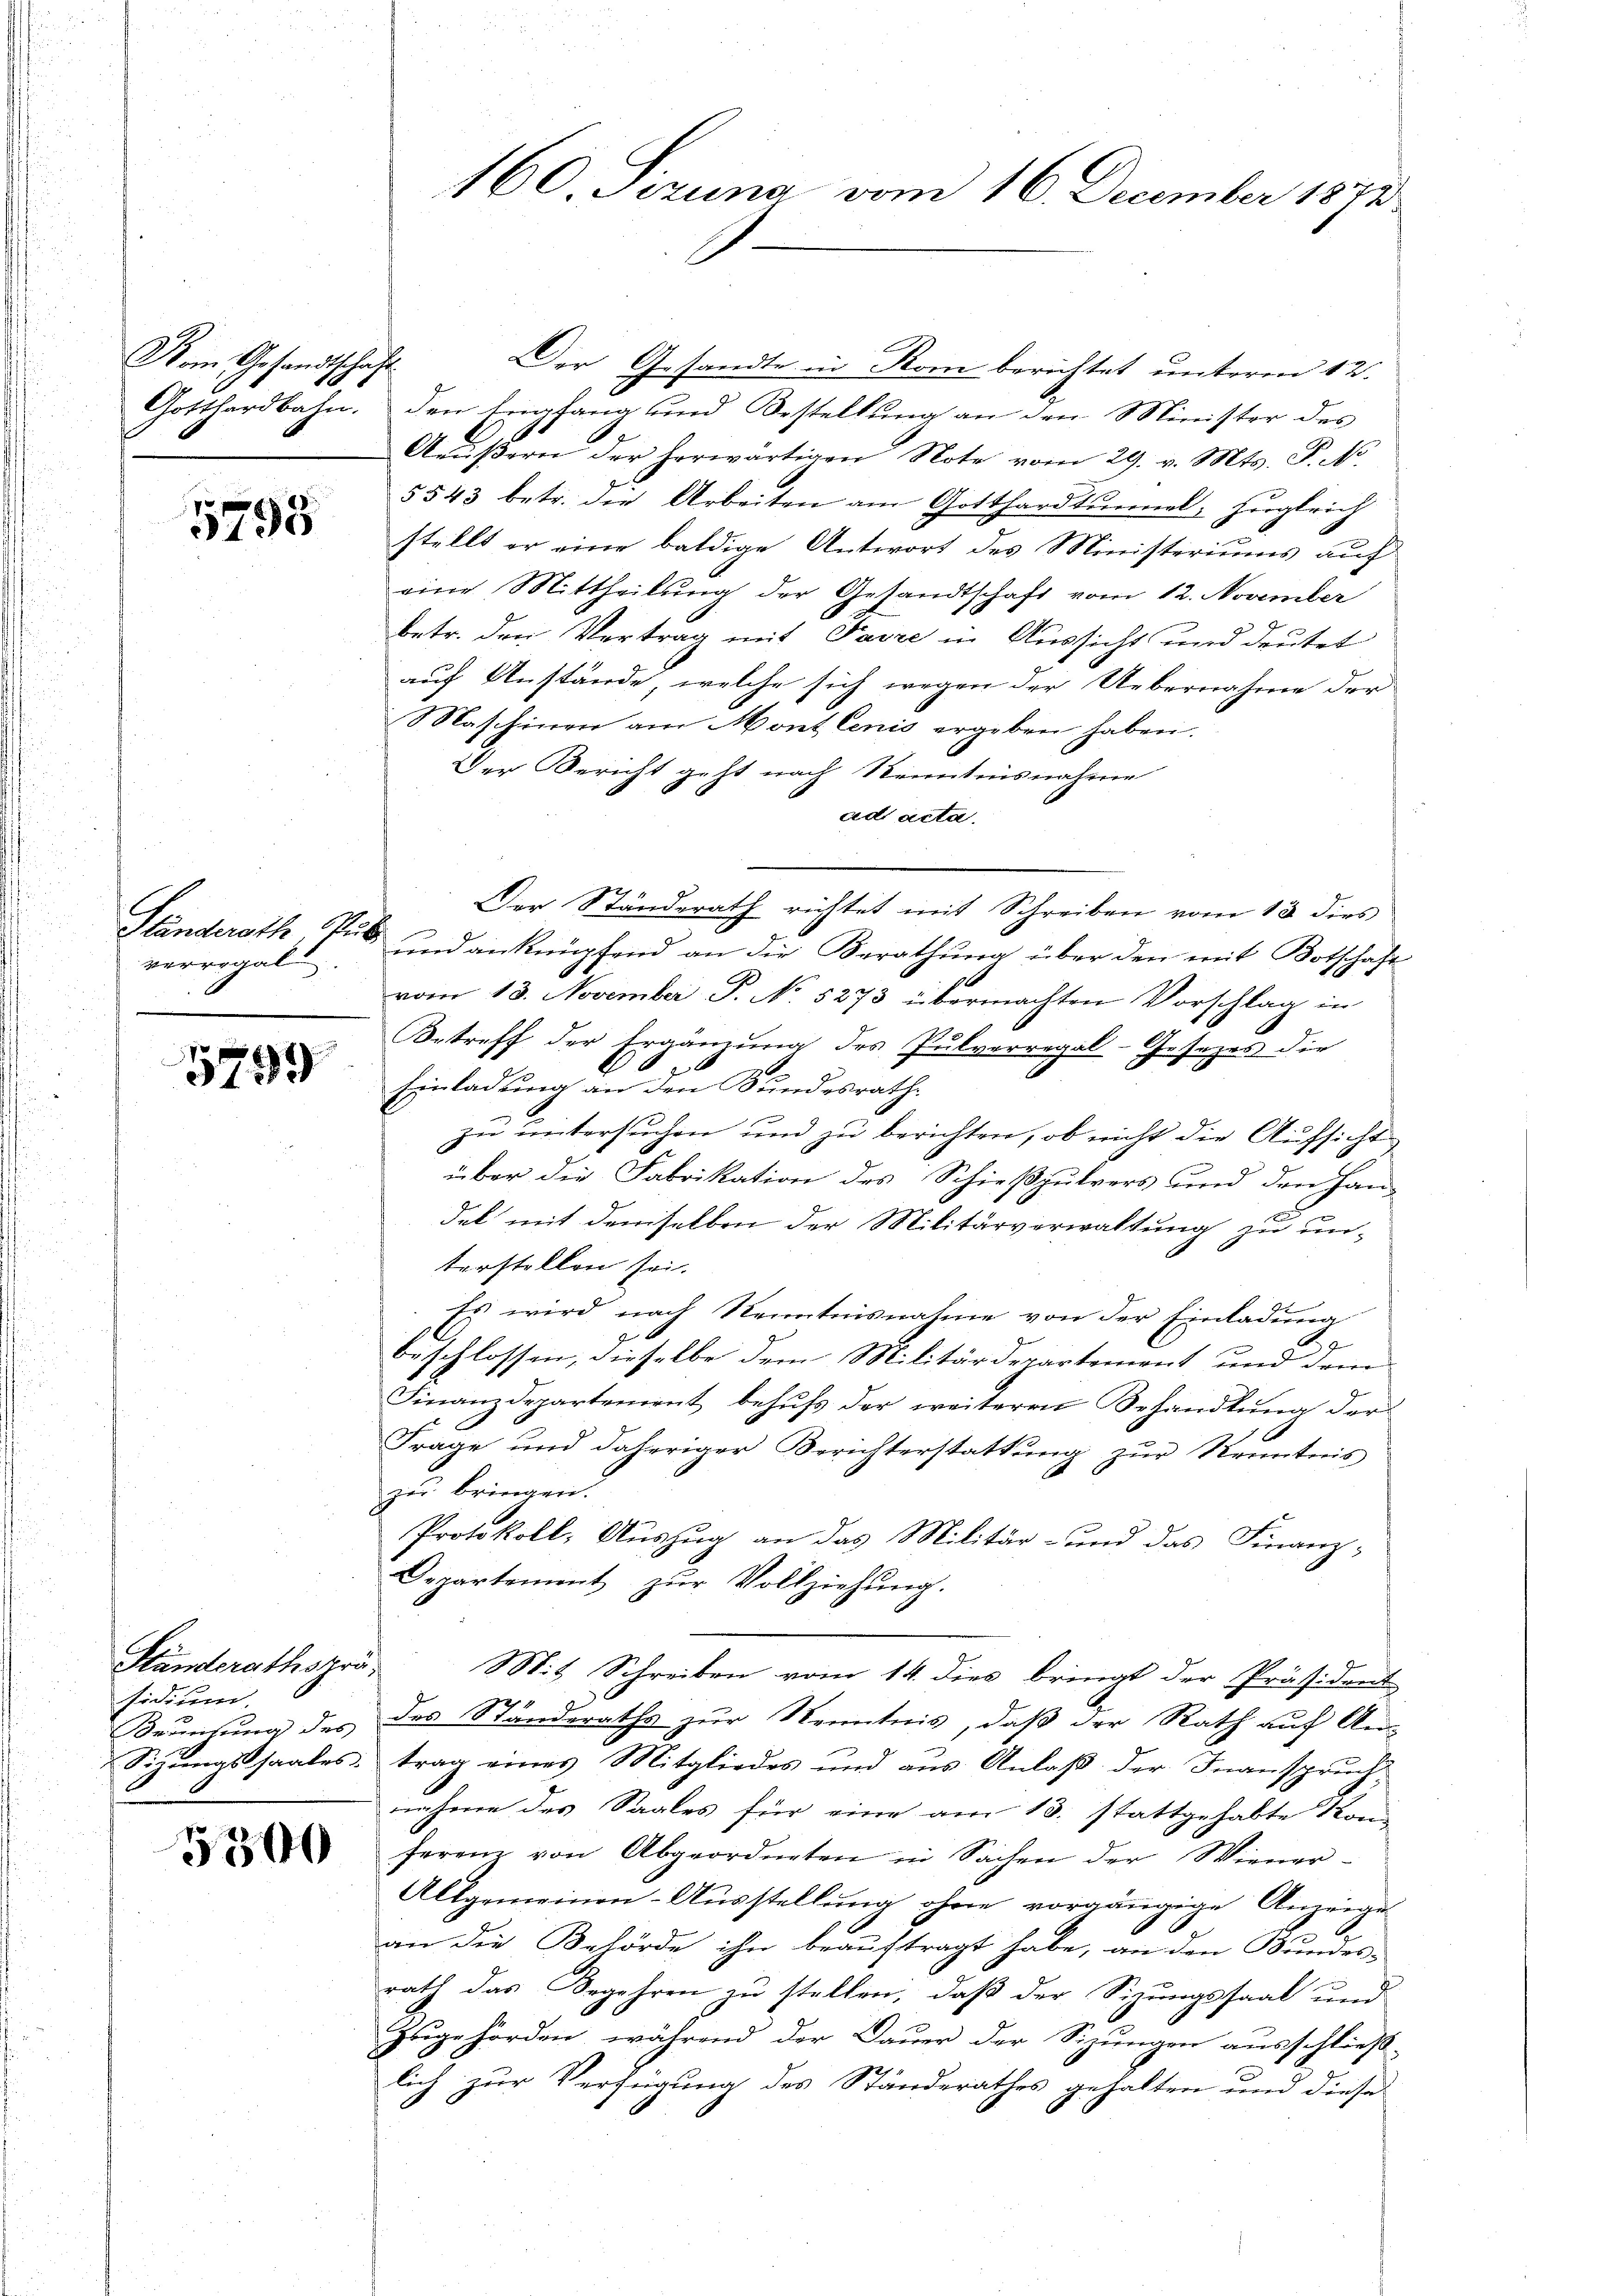
Vom Gesandtschaft.

5795

verregal

5759

Standerathspräsidium

3300

Der Gesandte in Rom berichtet unterm 12.
Gotthardbahn. den Empfang und Bestellŭng an den Minister des
Aŭβern der herwärtigen Note vom 29. v. Mts. S. N.
§ 543 betr. die Arbeiten am Gotthardtunnel, Zugleich
stellt er eine baldige Antwort des Ministeriums auf
eine Mittheilŭng der Gesandtschaft vom 12. November
betr. den Vertrag mit Parre in Aussicht und deutet
auf Anstände, welche sich wegen der Uebernahme der
Maschinen am Mont lenis ergeben haben.
Der Bericht geht nach Kenntnisnahme
ad acta.
Der Ständerath richtet mit Schreiben vom 13. dies
e
Ständerath Aus und anknüpfend an die Berathung über den mit Botschaft-
vom 13. November P. No. 5273 übermachten Vorschlag in
Betreff der Ergänzung des Pulverregal-Gesetzes die
Einladung an den Bundesrathe
zu untersuchen und zu berichten, ob nicht die Aufsicht
über die Fabrikation des Schießpulvers und den Han-
del mit demselben der Militärverwaltung zu un-
terstellen sei.
Es wird nach Kenntnisnahme von der Einladung
beschlossen, dieselbe dem Militärdepartement und dem
Finanzdepartement behufs der weiteren Behandlung der
Frage und daheriger Berichterstattung zur Kenntnis
zu bringen.
Protokoll, Auszug an das Militär- und das Finanz-
Departement zŭr Vollziehŭng.
Mit Schreiben vom 14. dies bringt der Präsident
Bruehung des des Ständeraths zur Kenntnis, daß der Rath auf An-
Sizungssaales, trag eines Mitgliedes und aus Anlaß der Inanspruch-
nahme des Saales für eine am 13. stattgehabte Kon-
ferenz von Abgeordneten in Sachen der Wiener-
Allgemeinen-Ausstellung ohne vorgängige Anzeige
an die Behörde ihn beauftragt habe, an den Bundes-
rath das Begehren zu stellen, daß der Sizungssaal und
Zugehörden, während der Dauer der Sizungen ausschließ-
lich zur Verfügung des Ständerathes gehalten und diese

160 Sizung vom 16. December 1872